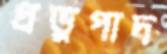
প্রভুপাদ